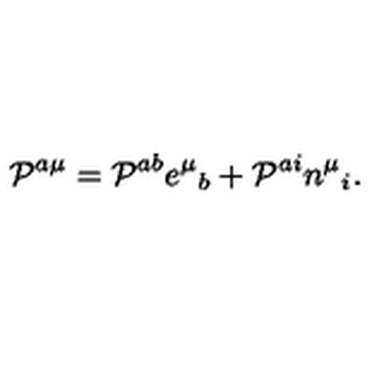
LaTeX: { \cal P } ^ { a \mu } = { \cal P } ^ { a b } e ^ { \mu } { } _ { b } + { \cal P } ^ { a i } n ^ { \mu } { } _ { i } .